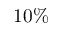
1 0 \%